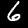
Label: 6